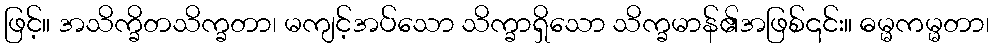
ဖြင့်။ အသိက္ခိတသိက္ခတာ၊ မကျင့်အပ်သော သိက္ခာရှိသော သိက္ခမာန်၏အဖြစ်၎င်း။ ဓမ္မကမ္မတာ၊